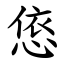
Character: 㥋